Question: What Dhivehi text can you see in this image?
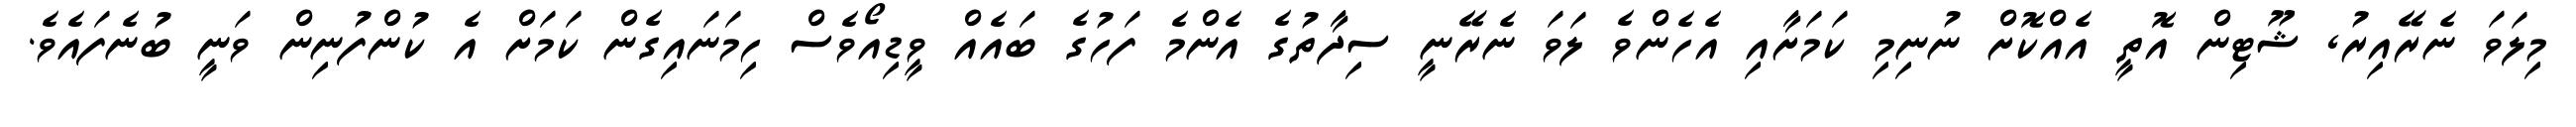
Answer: މިލަވަ ނެރޭއިރު, ޝޫޓިން އޮތީ އެއްކޮށް ނުނިމި ކަމަށާއި އެހެންވެ ލަވަ ނެރޭނީ ސިދާތުގެ އެންމެ ފަހުގެ ބައެއް ވީޑިއޯވެސް ހިމަނައިގެން ކަމަށް އެ ކުންފުނިން ވަނީ ބުނެފައެވެ.